Civil Veterinary Dept. Bombay admin report 1923-31 - 1923-1931
Year: 1923
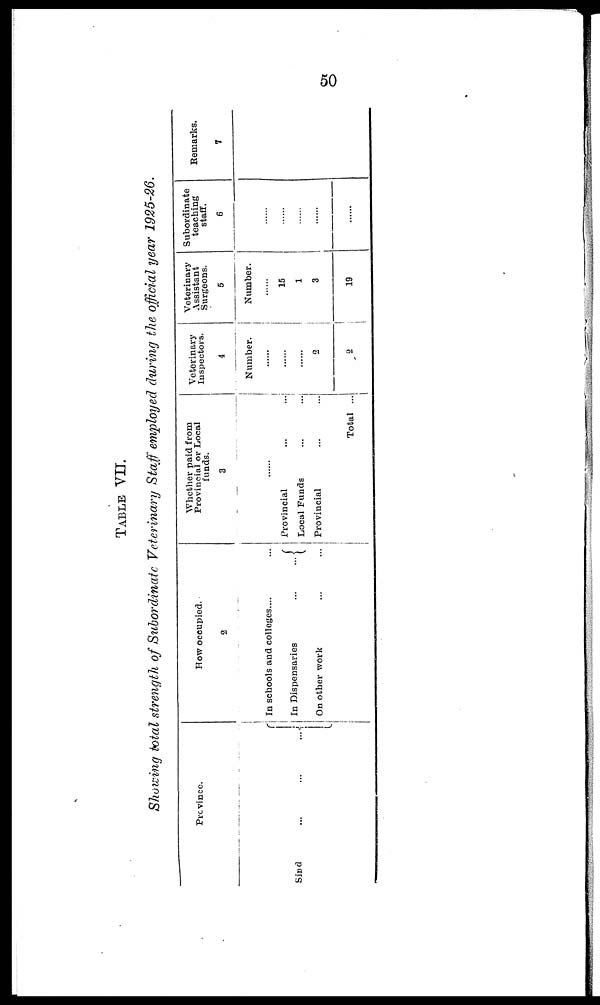
50
TABLE VII.
Showing total strength of Subordinate Veterinary Staff employed during the official year 1925-26.
Province.
Sind ... ... ...
How occupied.
2
In schools and colleges.... ...
In Dispensaries
...
...
On other work ... ...
Whether paid from
Provincial or Local
funds.
3
......
Provincial ... ...
Local Funds ... ...
Provincial ... ...
Total ...
Veterinary
Inspectors.
4
Number.
......
......
2
2
Veterinary
Assistant
Surgeons.
5
Number.
......
15
1
3
19
Subordinate
teaching
staff.
6
......
......
......
......
......
Remarks.
7